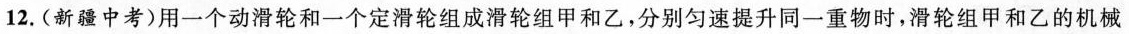
12.(新疆中考)用一个动滑轮和一个定滑轮组成滑轮组甲和乙，分别匀速提升同一重物时，滑轮组甲和乙的机械